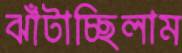
ঝাঁটাচ্ছিলাম